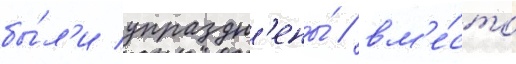
бы́л'и упраздн'ены́ / вм'е́сто